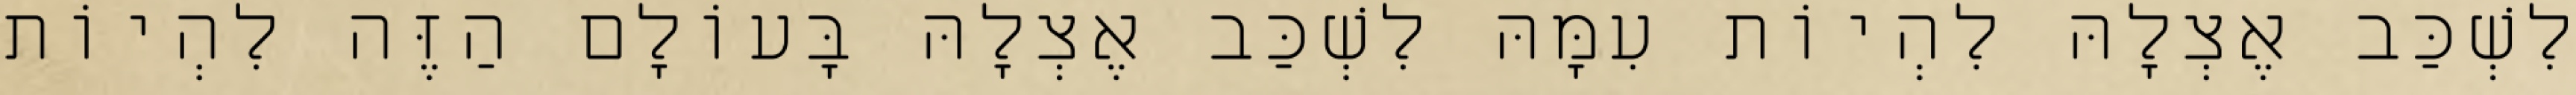
לִשְׁכַּב אֶצְלָהּ לִהְיוֹת עִמָּהּ לִשְׁכַּב אֶצְלָהּ בָּעוֹלָם הַזֶּה לִהְיוֹת